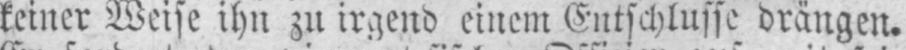
keiner Weise ihn zu irgend einem Entschlusse drängen.